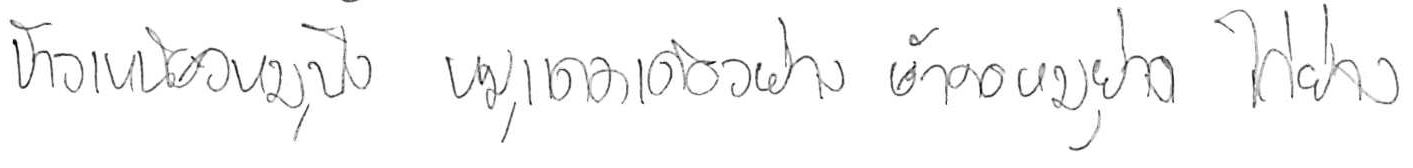
ข้าวเหนียวหมูปิ้ง หมูแดดเดียวย่าง ยำคอหมูย่าง ไก่ย่าง